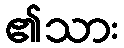
၏သား